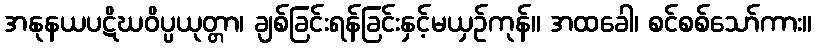
အနုနယပဋိဃဝိပ္ပယုတ္တာ၊ ချစ်ခြင်းရန်ခြင်းနှင့်မယှဉ်ကုန်။ အထခေါ၊ စင်စစ်သော်ကား။